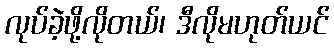
လုပ်ခဲ့ဖို့လိုတယ်၊ ဒီလိုမဟုတ်ယင်